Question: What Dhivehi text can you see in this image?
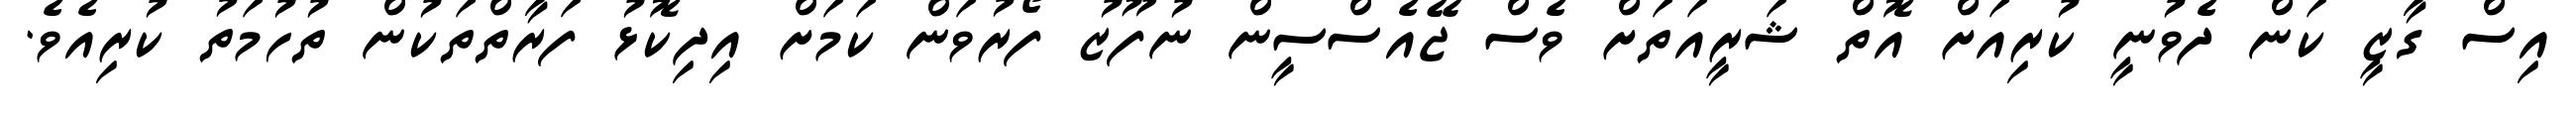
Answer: އިސް ގާޒީ ކަން ދެވުނީ ކުރިއަށް އޮތް ޝަރީއަތަށް ވެސް ޖޭއެސްސީން ނުފޫޒު ފޯރުވަން ކަމަށް އިދިކޮޅު ފަރާތްތަކުން ތުހުމަތު ކުރިއެވެ.